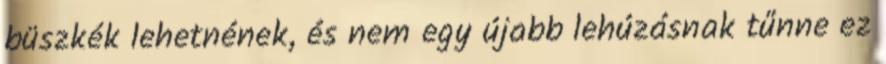
büszkék lehetnének, és nem egy újabb lehúzásnak tűnne ez